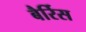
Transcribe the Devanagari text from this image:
बैर्रिस